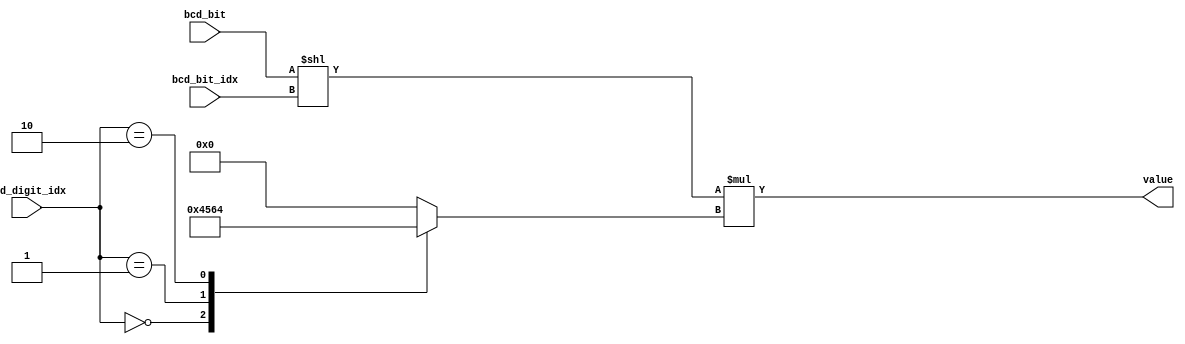
module bcd_decoder (
                    input [2:0]      bcd_bit_idx ,
                    input [1:0]      bcd_digit_idx ,
                    input            bcd_bit,
                    output [8:0] value);

    // Combinatorial BCD decoder
    //   bcd_bit_idx: index of binary bit in the BCD digit
    //   bcd_digit_idx: index of digit (i.e. power of 10)
    
    reg [6:0]                    bcd_multiplier;
    
    always @(*) begin
        case (bcd_digit_idx)
          2'd0:
            bcd_multiplier = 7'd1;
          2'd1:
            bcd_multiplier = 7'd10;
          2'd2:
            bcd_multiplier = 7'd100;
          default:
            bcd_multiplier = 7'd0;
          endcase
    end

    assign value = (bcd_bit << bcd_bit_idx) * bcd_multiplier;

endmodule